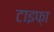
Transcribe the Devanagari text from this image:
टाइफ़ा